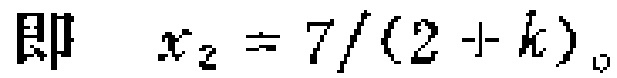
即 \(x_{2}=7/(2 + k)\)。